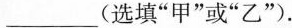
___(选填”甲”或”乙”)。